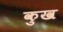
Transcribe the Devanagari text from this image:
कुख